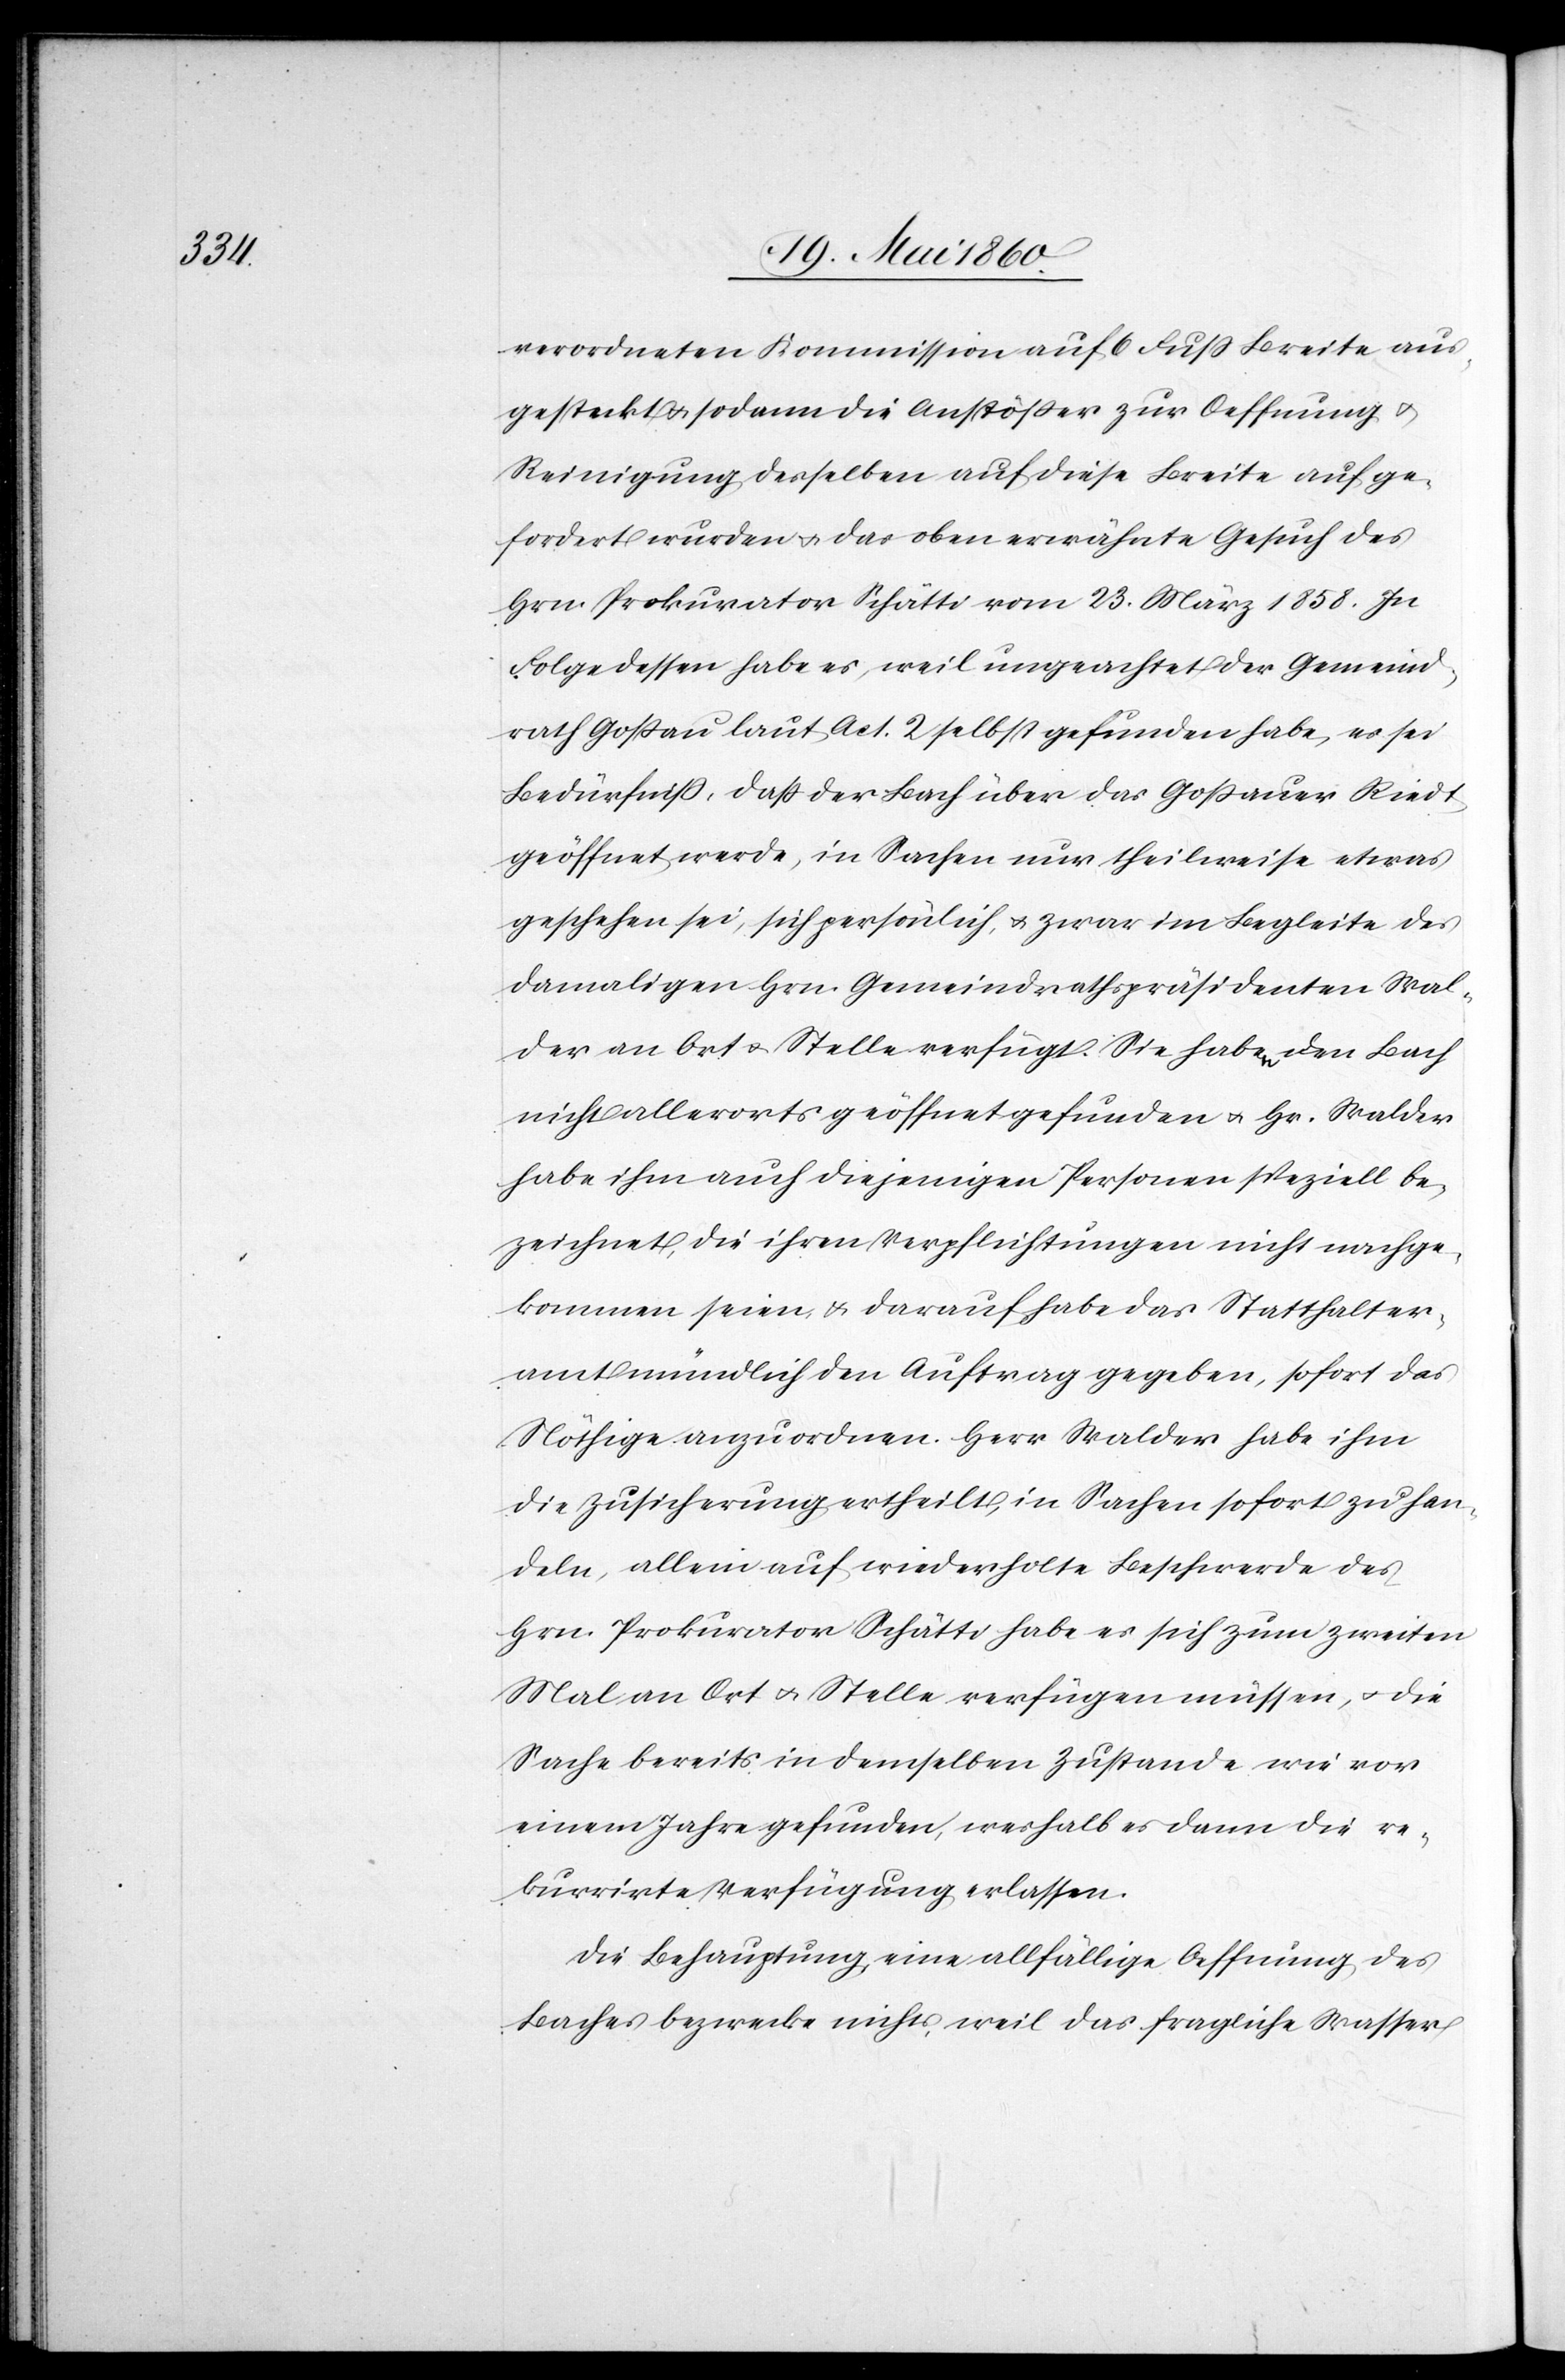
verordneten Kommission auf 6 Fuss Breite aus¬
gesteckt u. sodann die Anstösser zur Oeffnung u.
Reinigung desselben auf diese Breite aufge¬
fordert wurden u. das oben erwähnte Gesuch des
Hrn. Prokurator Schätti vom 23. März 1858. In
Folge dessen habe es, weil ungeachtet der Gemeind¬
rath Gossau laut Act. 2 selbst gefunden habe, es sei
Bedürfniss, daß der Bach über das Gossauer Riedt
geöffnet werde, in Sachen nur theilweise etwas
geschehen sei, sich persönlich, u. zwar im Begleite des
damaligen Hrn. Gemeindrathspräsidenten Wal¬
der an Ort u. Stelle verfügt. Sie haben den Bach
nicht allerorts geöffnet gefunden u. Hr. Walder
habe ihm auch diejenigen Personen speziell be¬
zeichnet, die ihren Verpflichtungen nicht nachge¬
kommen seien, u. darauf habe das Statthalter¬
amt mündlich den Auftrag gegeben, sofort das
Nöthige anzuordnen. Herr Walder habe ihm
die Zusicherung ertheilt, in Sachen sofort zu han¬
deln, allein auf wiederholte Beschwerde des
Hrn. Prokurator Schätti habe er sich zum zweiten
Mal an Ort u. Stelle verfügen müssen, u. die
Sache bereits in demselben Zustande wie vor
einem Jahre gefunden, weshalb es dann die re¬
kurrirte Verfügung erlassen.
Die Behauptung eine allfällige Oeffnung des
Baches bezwecke nichts, weil das fragliche Wasser